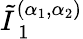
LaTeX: \tilde{I}_{\mathrm{~1~}}^{(\alpha_{1},\alpha_{2})}